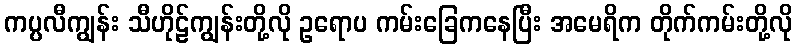
ကပ္ပလီကျွန်း သီဟိုဠ်ကျွန်းတို့လို ဥရောပ ကမ်းခြေကနေပြီး အမေရိက တိုက်ကမ်းတို့လို